Report of the Indian Hemp Drugs Commission, 1894-1895 - Volume VIII
Year: 1894
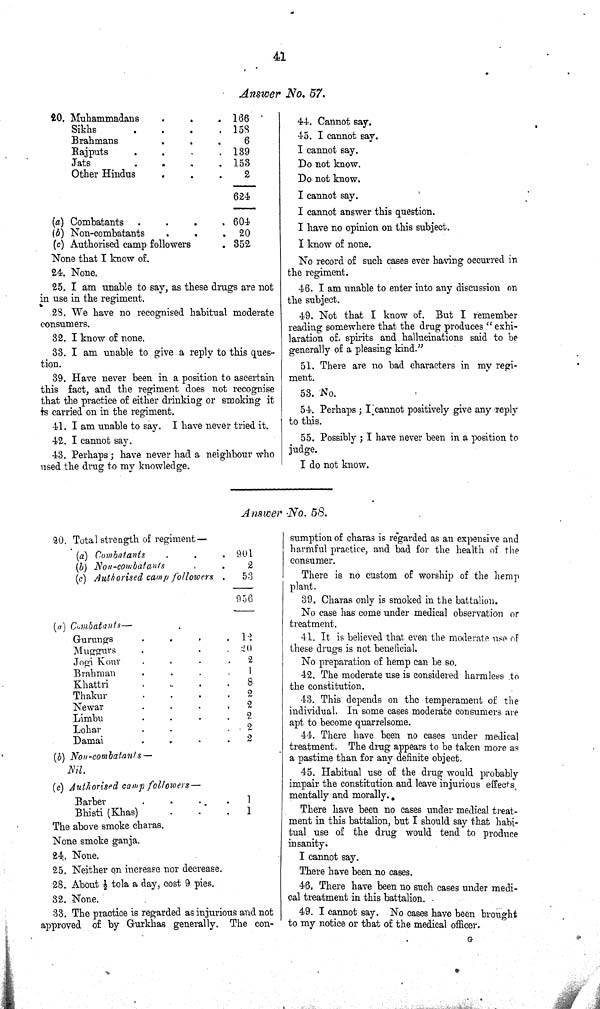
41
Answer No. 57.
20. Muhammadans
166
Sikhs
158
Brahmans
6
Rajputs
139
Jats
153
Other Hindus
2
624
(a) Combatants
604
(b) Non-combatants
20
(c) Authorised camp followers
352
None that I know of.
24. None.
25. I am unable to say, as these drugs are not
in use in the regiment.
28. We have no recognised habitual moderate
consumers.
32. I know of none.
33. I am unable to give a reply to this ques-
tion.
39. Have never been in a position to ascertain
this fact, and the regiment does not recognise
that the practice of either drinking or smoking it
is carried on in the regiment.
41. I am unable to say. I have never tried it.
42. I cannot say.
43. Perhaps; have never had a neighbour who
used the drug to my knowledge.
44. Cannot say.
45. I cannot say.
I cannot say.
Do not know.
Do not know.
I cannot say.
I cannot answer this question.
I have no opinion on this subject.
I know of none.
No record of such cases ever having occurred in
the regiment.
46. I am unable to enter into any discussion on
the subject.
49. Not that I know of. But I remember
reading somewhere that the drug produces "exhi-
laration of spirits and hallucinations said to be
generally of a pleasing kind."
51. There are no bad characters in my regi-
ment.
53. No.
54. Perhaps; I cannot positively give any reply
to this.
55. Possibly; I have never been in a position to
judge.
I do not know.
Answer No. 58.
20. Total strength of regiment—
(a) Combatants
901
(b) Non-combatants
2
(c) Authorised camp followers
53
956
(a) Combatants—
Gurungs
12
Muggurs
20
Jogi Kour
2
Brahman
1
Khattri
8
Thakur
2
Newar
2
Limbu
2
Lohar
2
Damai
2
(b) Non-combatants—
Nil.
(c) Authorised camp followers—
Barber
1
Bhisti (Khas)
1
The above smoke charas.
None smoke ganja.
24. None.
25. Neither on increase nor decrease.
28. About 1/2 tola a day, cost 9 pies.
32. None.
33. The practice is regarded as injurious and not
approved of by Gurkhas generally. The con-
sumption of charas is regarded as an expensive and
harmful practice, and bad for the health of the
consumer.
There is no custom of worship of the hemp
plant.
39. Charas only is smoked in the battalion.
No case has come under medical observation or
treatment.
41. It is believed that even the moderate use of
these drugs is not beneficial.
No preparation of hemp can be so.
42. The moderate use is considered harmless to
the constitution.
43. This depends on the temperament of the
individual. In some cases moderate consumers are
apt to become quarrelsome.
44. There have been no cases under medical
treatment. The drug appears to be taken more as
a pastime than for any definite object.
45. Habitual use of the drug would probably
impair the constitution and leave injurious effects
mentally and morally.
There have been no cases under medical treat-
ment in this battalion, but I should say that habi-
tual use of the drug would tend to produce
insanity.
I cannot say.
There have been no cases.
46. There have been no such cases under medi-
cal treatment in this battalion.
49. I cannot say. No cases have been brought
to my notice or that of the medical officer.